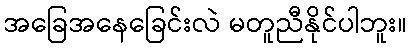
အခြေအနေခြေင်းလဲ မတူညီနိုင်ပါဘူး။